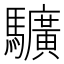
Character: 𩧉